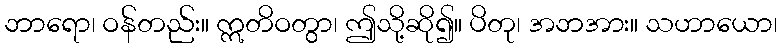
ဘာရော၊ ဝန်တည်း။ ဣတိဝတွာ၊ ဤသို့ဆို၍။ ပိတု၊ အဘအား။ သဟာယော၊